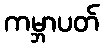
ကမ္ဘာပတ်